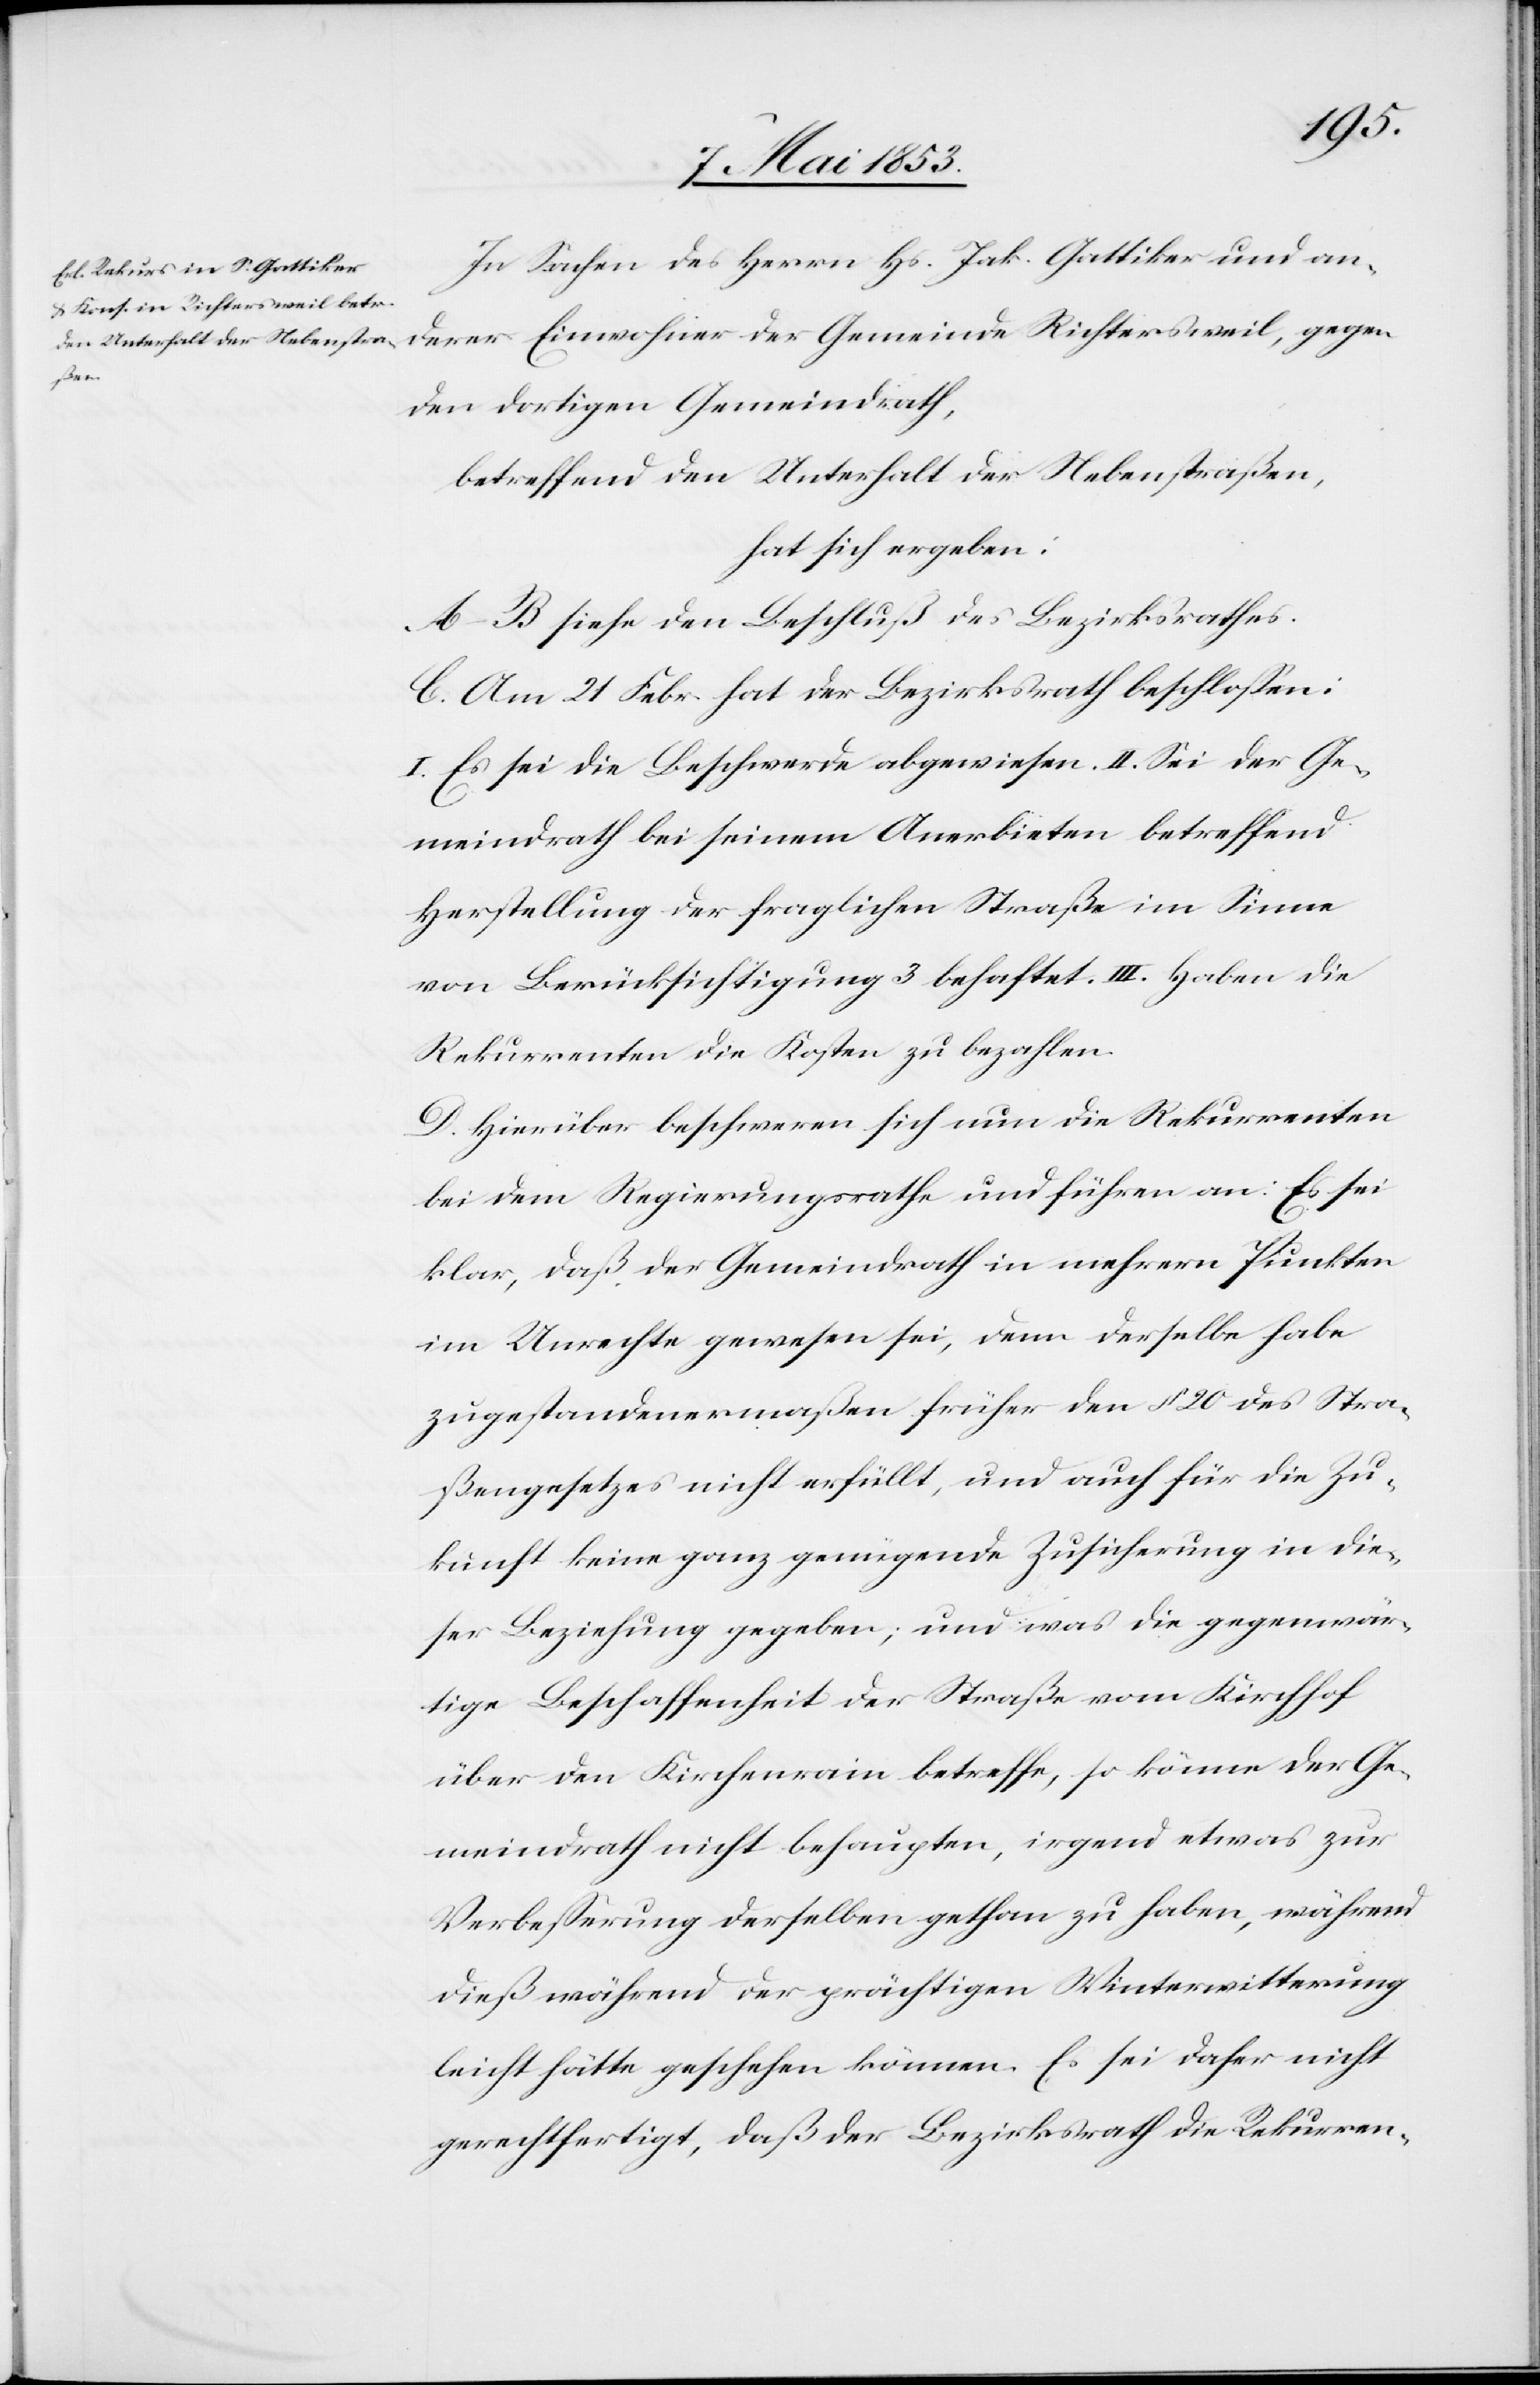
In Sachen des Herrn Hs. Jak. Gattiker und an¬
gegen
den dortigen Gemeindrath,
betreffend den Unterhalt der Nebenstraßen,
hat sich ergeben:
A–B siehe den Beschluß des Bezirksrathes.
C. Am 21 Febr hat der Bezirksrath beschloßen:
I. Es sei die Beschwerde abgewiesen. II. Sei der Ge¬
meindrath bei seinem Anerbieten betreffend
Herstellung der fraglichen Straße im Sinne
von Berücksichtigung 3 behaftet. III. Haben die
Rekurrenten die Kosten zu bezahlen.
D. Hierüber beschweren sich nun die Rekurrenten
bei dem Regierungsrathe und führen an: Es sei
klar, daß der Gemeindrath in mehrern Punkten
im Unrechte gewesen sei, denn derselbe habe
zugestandenermaßen früher den § 20 des Stra¬
ßengesetzes nicht erfüllt, und auch für die Zu¬
kunft keine ganz genügende Zusicherung in die¬
ser Beziehung gegeben; und was die gegenwär¬
tige Beschaffenheit der Straße vom Kirchhof
über den Kirchenrain betreffe, so könne der Ge¬
meindrath nicht behaupten, irgend etwas zur
Verbeßerung derselben gethan zu haben, während
dieß während der prächtigen Winterwitterung
leicht hätte geschehen können. Es sei daher nicht
gerechtfertigt, daß der Bezirksrath die Rekurren-